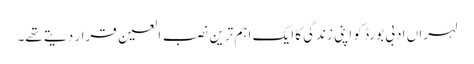
لہراں ادبی بورڈ کو اپنی زندگی کا ایک اہم ترین نصب العین قرار دیتے تھے۔